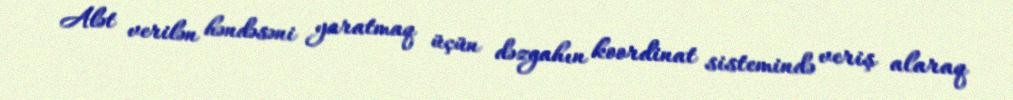
Alət verilən həndəsəni yaratmaq üçün dəzgahın koordinat sistemində veriş alaraq